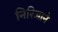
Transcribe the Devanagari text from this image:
निरिजाने